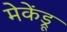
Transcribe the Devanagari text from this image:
मेकेंड्रू